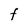
Character: F